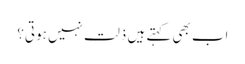
اب بھی کہتے ہیں ذلت نہیں ہوتی؟